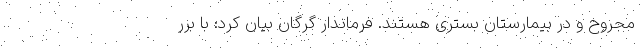
مجروح و در بیمارستان بستری هستند. فرماندار گرگان بیان کرد: با برر